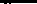
-